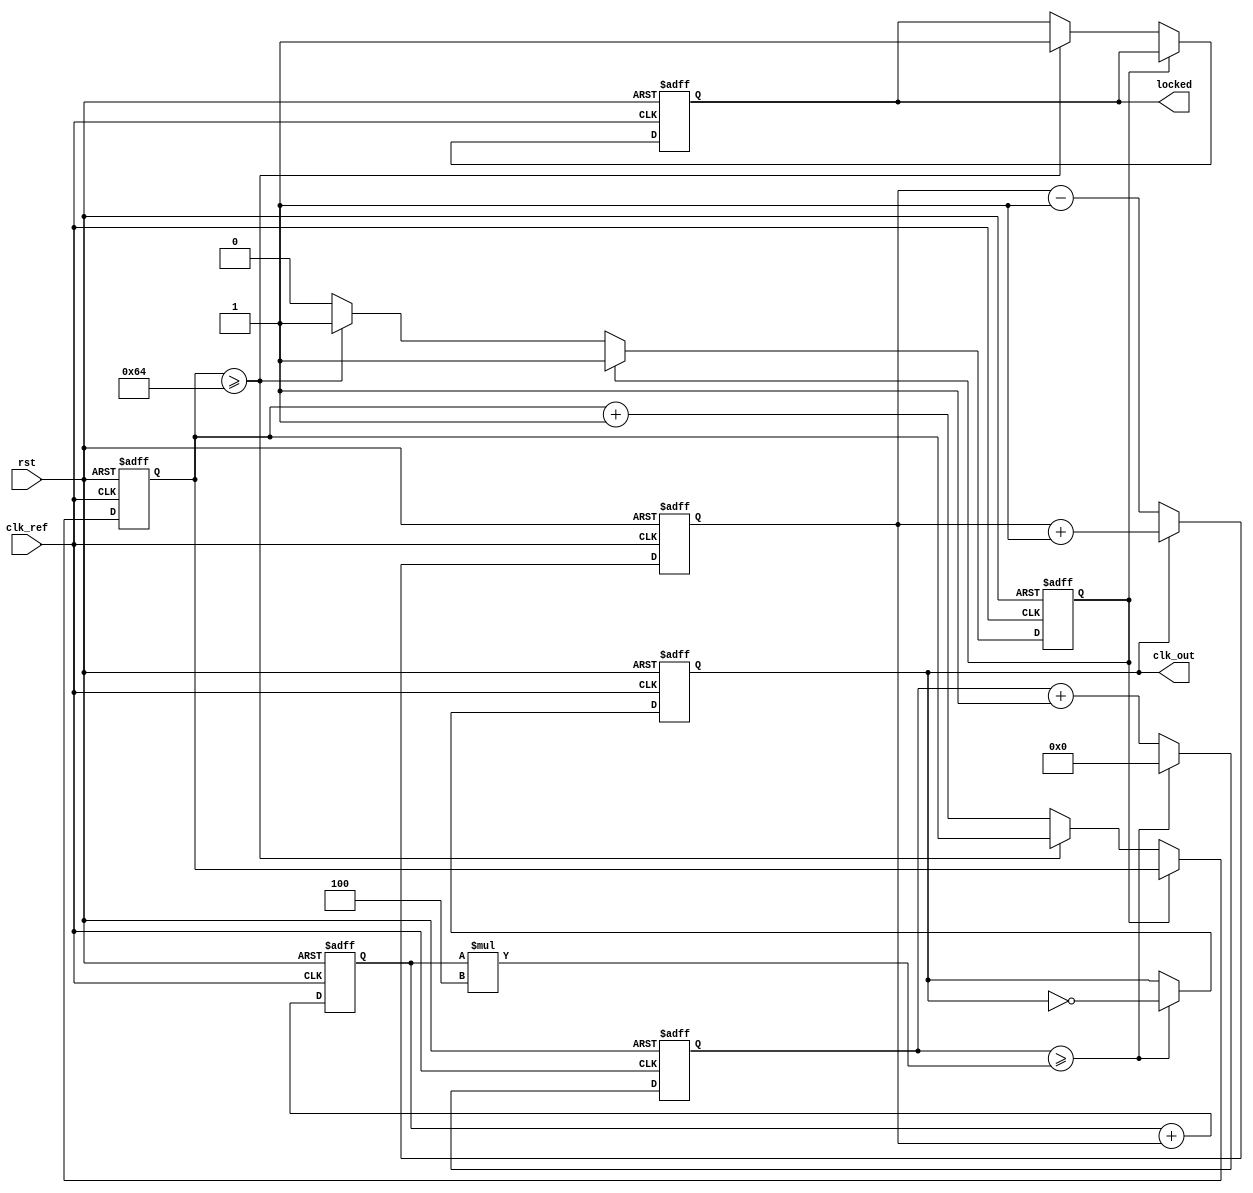
module PLL (
    input wire clk_ref,        // Reference clock input
    input wire rst,            // Reset signal
    output reg clk_out,        // Output clock
    output reg locked          // Lock status
);

    // Parameters for PLL operation
    parameter DIV_RATIO = 4;   // Feedback divider ratio
    parameter LOCK_TIME = 100;  // Lock time in clock cycles

    // Internal signals
    reg [3:0] phase_error;      // Phase error signal
    reg [7:0] control_voltage;   // Control voltage for VCO
    reg [31:0] counter;          // Counter for clock generation
    reg [31:0] lock_counter;     // Counter for lock detection
    reg state;                  // PLL state

    // State definition
    localparam STATE_IDLE = 1'b0;
    localparam STATE_LOCK = 1'b1;

    // Phase Detector (simple implementation)
    always @(posedge clk_ref or posedge rst) begin
        if (rst) begin
            phase_error <= 0;
        end else begin
            // Placeholder for phase comparison logic
            // In a real design, this would compare clk_ref and clk_out
            // Here we simulate a simple phase error signal
            if (clk_out) begin
                phase_error <= phase_error + 1; // Increment error
            end else begin
                phase_error <= phase_error - 1; // Decrement error
            end
        end
    end

    // Loop Filter (simple first-order filter)
    always @(posedge clk_ref or posedge rst) begin
        if (rst) begin
            control_voltage <= 0;
        end else begin
            control_voltage <= control_voltage + phase_error[3:0]; // Simple control voltage adjustment
        end
    end

    // Voltage-Controlled Oscillator (VCO)
    always @(posedge clk_ref or posedge rst) begin
        if (rst) begin
            clk_out <= 0;
            counter <= 0;
            locked <= 0;
            lock_counter <= 0;
            state <= STATE_IDLE;
        end else begin
            // Simple toggle based on control voltage (simulate frequency)
            if (counter >= (control_voltage * DIV_RATIO)) begin
                clk_out <= ~clk_out; // Toggle output clock
                counter <= 0;
            end else begin
                counter <= counter + 1;
            end
            
            // Lock detection logic
            if (state == STATE_IDLE) begin
                if (lock_counter >= LOCK_TIME) begin
                    state <= STATE_LOCK;
                    locked <= 1;
                end else begin
                    lock_counter <= lock_counter + 1;
                end
            end
        end
    end

endmodule